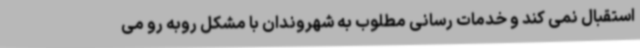
استقبال نمی کند و خدمات رسانی مطلوب به شهروندان با مشکل روبه رو می